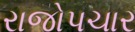
રાજોપચાર